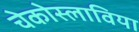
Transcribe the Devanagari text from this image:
चेकोस्लाविया